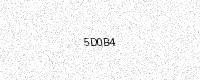
Text: 5D0B4